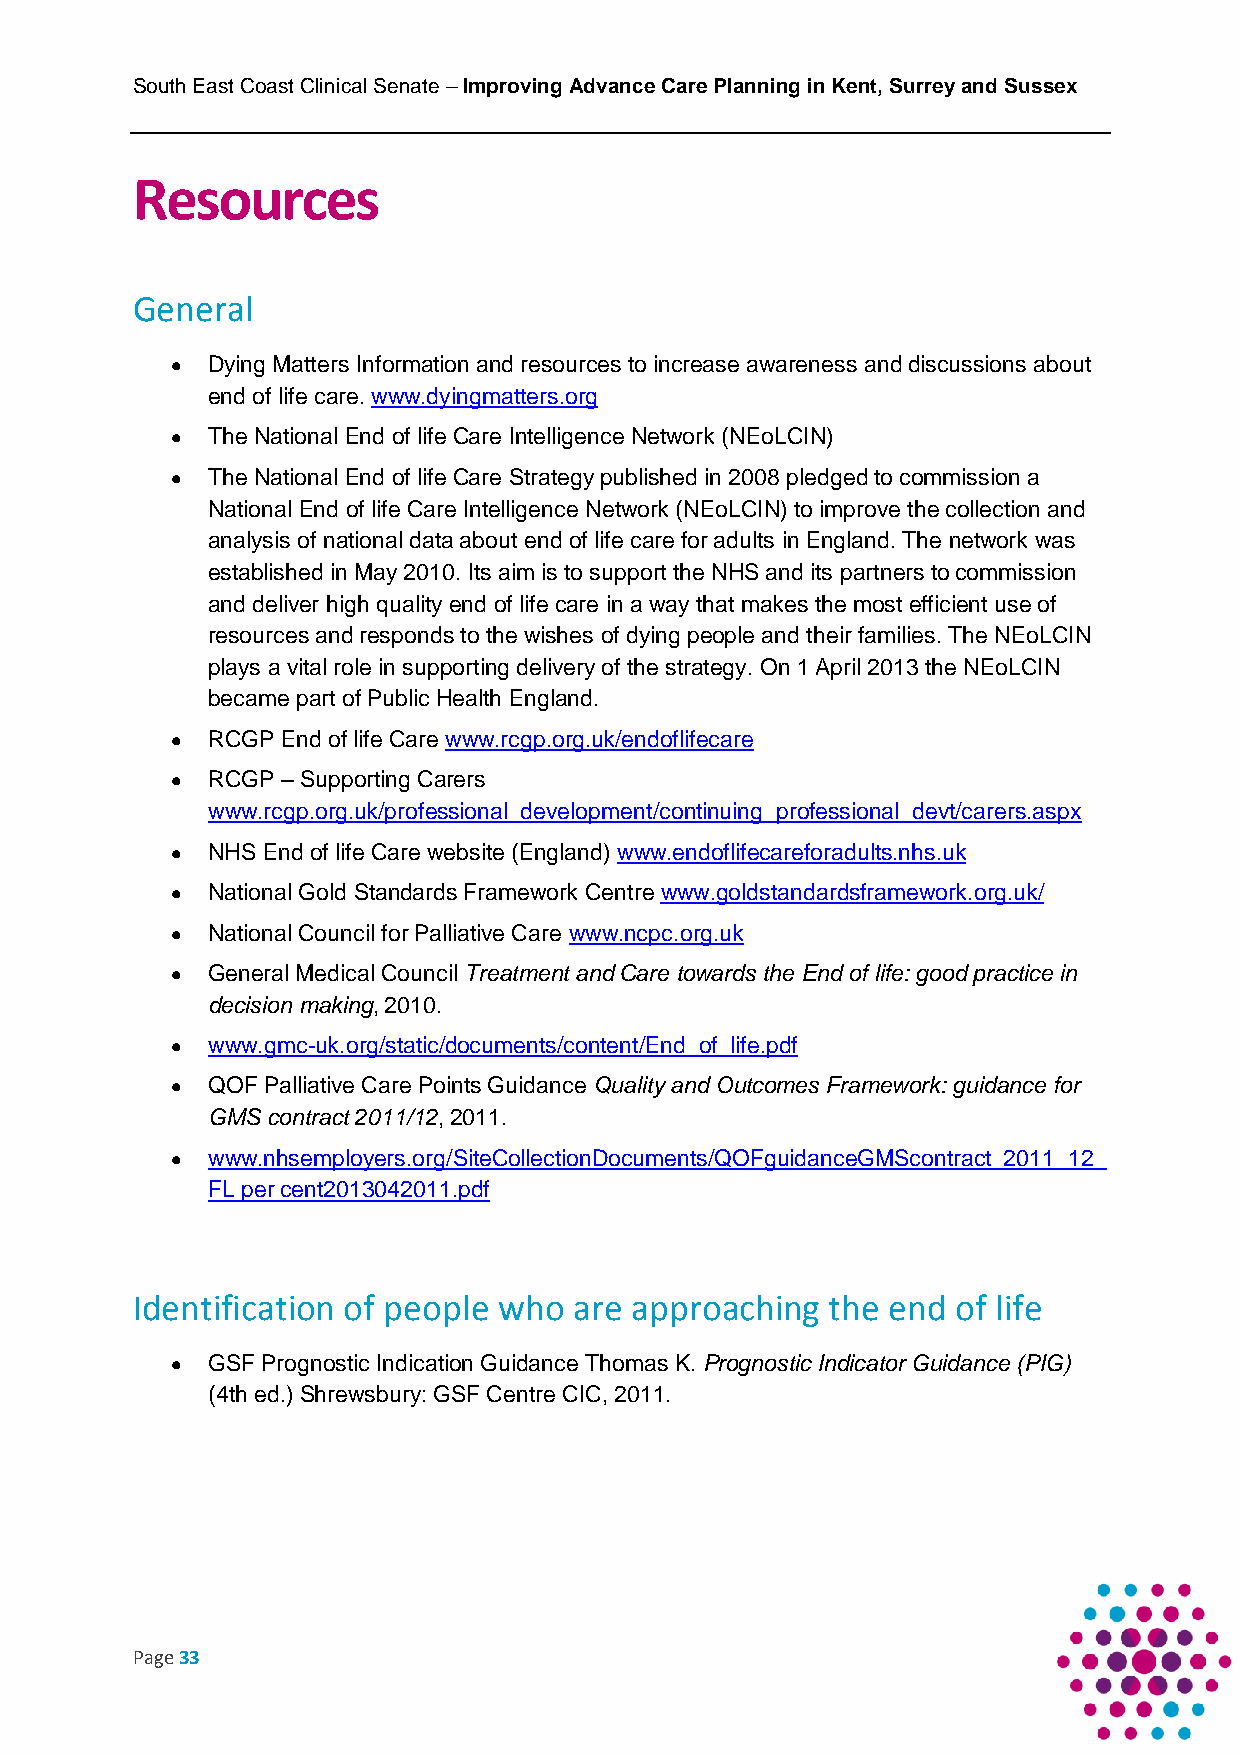
South East Coast Clinical Senate – Improving Advance Care Planning in Kent, Surrey and Sussex
 Resources
 General
   Dying Matters Information and resources to increase awareness and discussions about
 end of life care. www.dyingmatters.org
   The National End of life Care Intelligence Network (NEoLCIN)
   The National End of life Care Strategy published in 2008 pledged to commission a
 National End of life Care Intelligence Network (NEoLCIN) to improve the collection and
 analysis of national data about end of life care for adults in England. The network was
 established in May 2010. Its aim is to support the NHS and its partners to commission
 and deliver high quality end of life care in a way that makes the most efficient use of
 resources and responds to the wishes of dying people and their families. The NEoLCIN
 plays a vital role in supporting delivery of the strategy. On 1 April 2013 the NEoLCIN
 became part of Public Health England.
   RCGP End of life Care www.rcgp.org.uk/endoflifecare
   RCGP – Supporting Carers
 www.rcgp.org.uk/professional_development/continuing_professional_devt/carers.aspx
   NHS End of life Care website (England) www.endoflifecareforadults.nhs.uk
   National Gold Standards Framework Centre www.goldstandardsframework.org.uk/
   National Council for Palliative Care www.ncpc.org.uk
   General Medical Council Treatment and Care towards the End of life: good practice in
 decision making, 2010.
   www.gmc-uk.org/static/documents/content/End_of_life.pdf
   QOF Palliative Care Points Guidance Quality and Outcomes Framework: guidance for
 GMS contract 2011/12, 2011.
   www.nhsemployers.org/SiteCollectionDocuments/QOFguidanceGMScontract_2011_12_
 FL per cent2013042011.pdf
 Identification of people who are approaching  the end of life
   GSF Prognostic Indication Guidance Thomas K. Prognostic Indicator Guidance (PIG)
 (4th ed.) Shrewsbury: GSF Centre CIC, 2011.
 Page 33